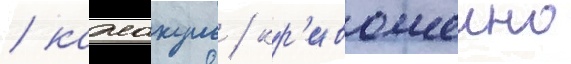
/ кажакуль / кр'ивошеино